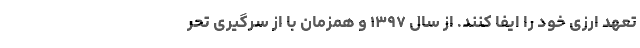
تعهد ارزی خود را ایفا کنند. از سال ۱۳۹۷ و همزمان با از سرگیری تحر